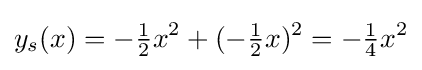
y_{s}(x)=-{\tfrac {1}{2}}x^{2}+(-{\tfrac {1}{2}}x)^{2}=-{\tfrac {1}{4}}x^{2}